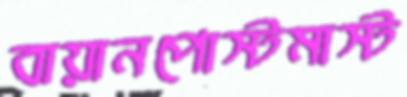
বায়ানপোস্টমাস্ট